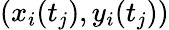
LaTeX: (x_{i}(t_{j}),y_{i}(t_{j}))